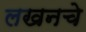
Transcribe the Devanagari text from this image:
लखनचे